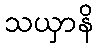
သယှာနိ